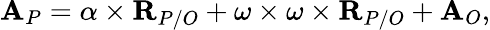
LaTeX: {\textbf{A}}_{P}=\alpha\times{\textbf{R}}_{P/O}+\omega\times\omega\times{\textbf{R}}_{P/O}+{\textbf{A}}_{O},